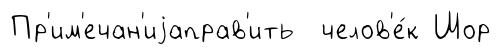
Пр'им'ечан'иjаправ'ить челов'е́к Шор